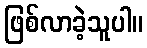
ဖြစ်လာခဲ့သူပါ။